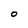
Character: 0